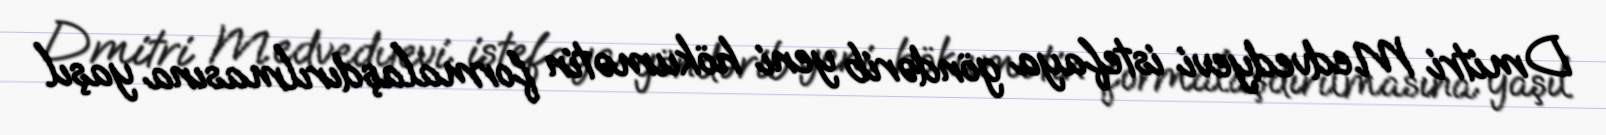
Dmitri Medvedyevi istefaya göndərib yeni hökumətin formalaşdırılmasına yaşıl